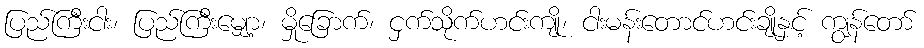
ပြည်ကြီးငါး၊ ပြည်ကြီးမျှော့၊ မှိုခြောက်၊ ငှက်သိုက်ဟင်းကျို၊ ငါးမန်းတောင်ဟင်းချိုနှင့် ကျွန်တော်